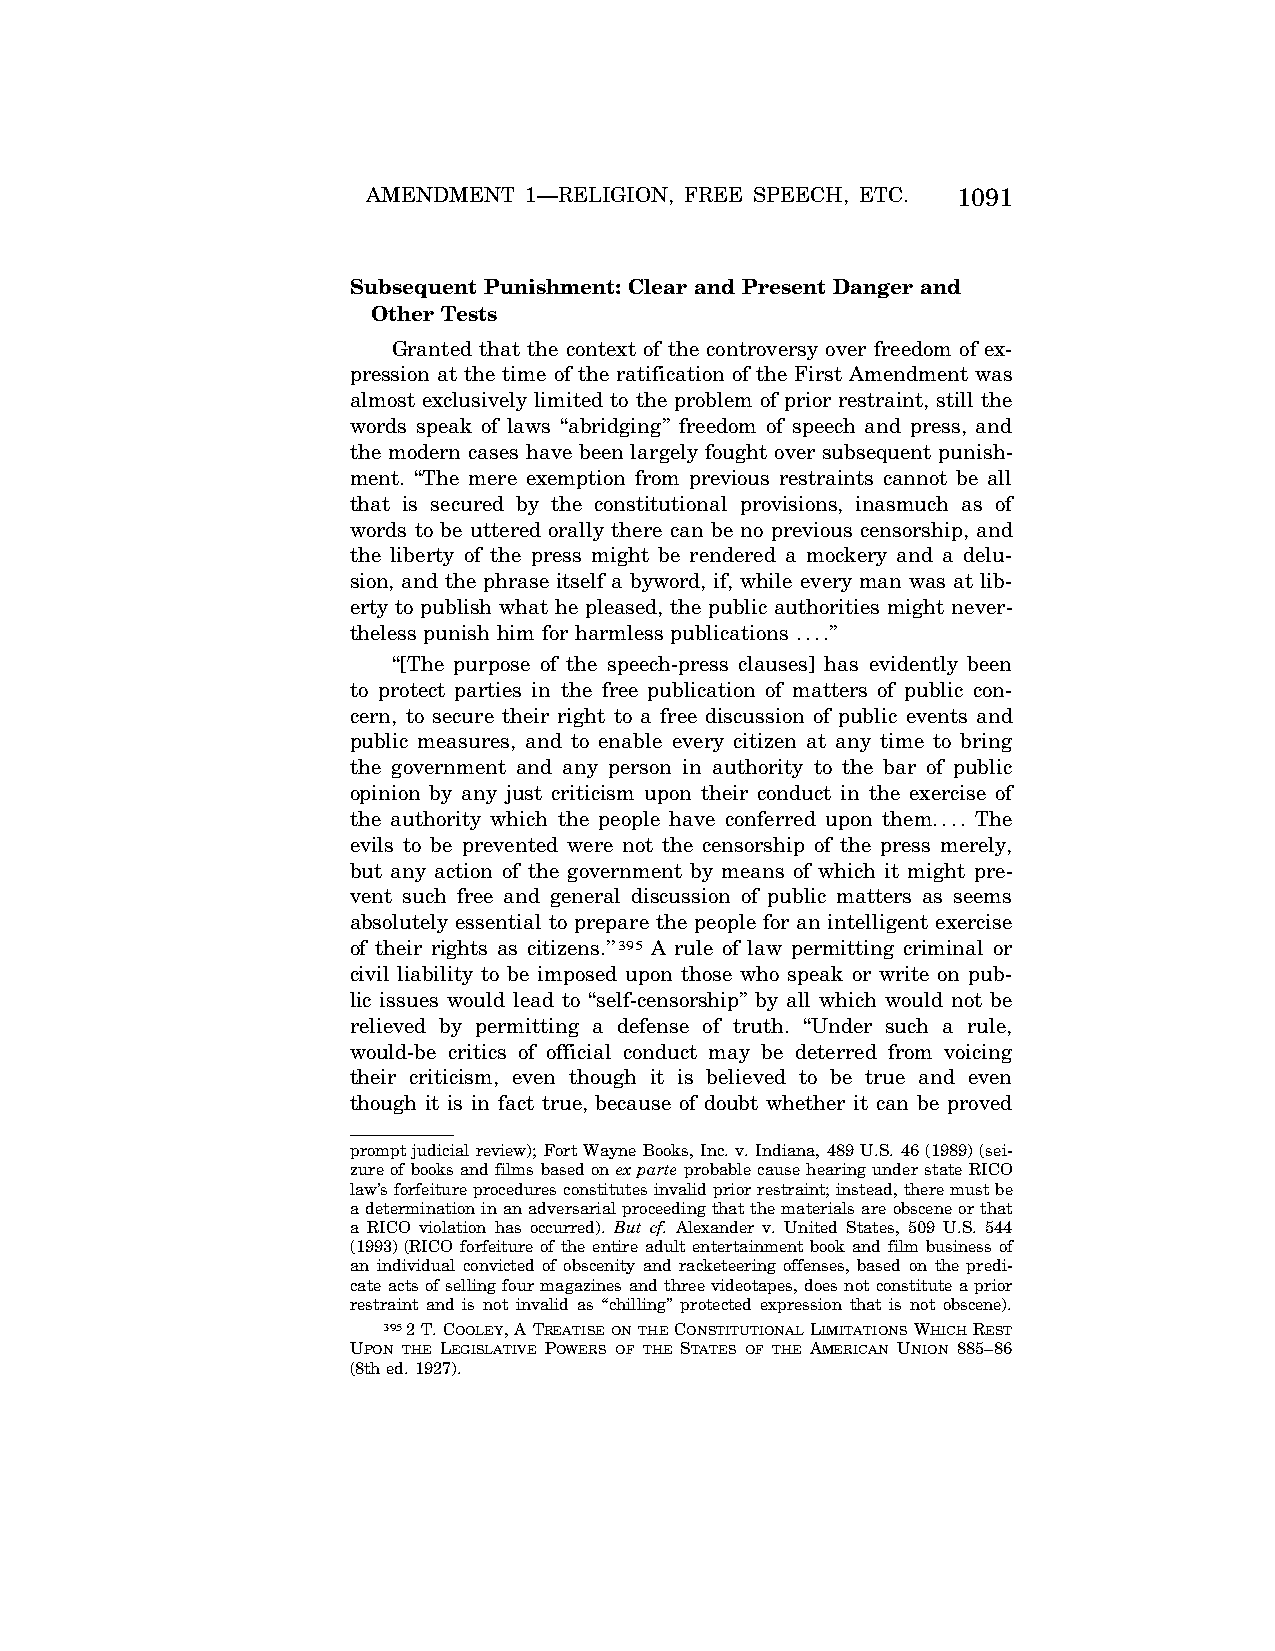
AMENDMENT  1—RELIGION, FREE SPEECH, ETC. 1091
 Subsequent Punishment: Clear and Present Danger and
 Other Tests
 Granted that the context of the controversy over freedom of ex-
 pression at the time of the ratification of the First Amendment was
 almost exclusively limited to the problem of prior restraint, still the
 words speak of laws ‘‘abridging’’ freedom of speech and press, and
 the modern cases have been largely fought over subsequent punish-
 ment. ‘‘The mere exemption from previous restraints cannot be all
 that is secured by the constitutional provisions, inasmuch as of
 words to be uttered orally there can be no previous censorship, and
 the liberty of the press might be rendered a mockery and a delu-
 sion, and the phrase itself a byword, if, while every man was at lib-
 erty to publish what he pleased, the public authorities might never-
 theless punish him for harmless publications ....’’
 ‘‘[The purpose of the speech-press clauses] has evidently been
 to protect parties in the free publication of matters of public con-
 cern, to secure their right to a free discussion of public events and
 public measures, and to enable every citizen at any time to bring
 the government and any person in authority to the bar of public
 opinion by any just criticism upon their conduct in the exercise of
 the authority which the people have conferred upon them.... The
 evils to be prevented were not the censorship of the press merely,
 but any action of the government by means of which it might pre-
 vent such free and general discussion of public matters as seems
 absolutely essential to prepare the people for an intelligent exercise
 of their rights as citizens.’’395 A rule of law permitting criminal or
 civil liability to be imposed upon those who speak or write on pub-
 lic issues would lead to ‘‘self-censorship’’ by all which would not be
 relieved by permitting a defense of truth. ‘‘Under such a rule,
 would-be critics of official conduct may be deterred from voicing
 their criticism, even though it is believed to be true and even
 though it is in fact true, because of doubt whether it can be proved
 prompt judicial review); Fort Wayne Books, Inc. v. Indiana, 489 U.S. 46 (1989) (sei-
 zure of books and films based on ex parte probable cause hearing under state RICO
 law’s forfeiture procedures constitutes invalid prior restraint; instead, there must be
 a determination in an adversarial proceeding that the materials are obscene or that
 a RICO violation has occurred). But cf. Alexander v. United States, 509 U.S. 544
 (1993) (RICO forfeiture of the entire adult entertainment book and film business of
 an individual convicted of obscenity and racketeering offenses, based on the predi-
 cate acts of selling four magazines and three videotapes, does not constitute a prior
 restraint and is not invalid as ‘‘chilling’’ protected expression that is not obscene).
 3952 T. COOLEY, A TREATISEONTHECONSTITUTIONALLIMITATIONSWHICHREST
 UPON THE LEGISLATIVE POWERS OF THE STATES OF THE AMERICAN UNION 885–86
 (8th ed. 1927).
 VerDate Apr<15>2004 08:57 Jun 25, 2004 Jkt 077500 PO 00000 Frm 00079 Fmt 8222 Sfmt 8222 C:\CONAN\CON024.SGM PRFM99 PsN: CON024